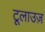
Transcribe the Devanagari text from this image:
टूलाउज़